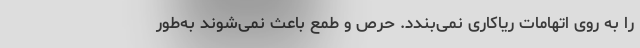
را به روی اتهامات ریاکاری نمی‌بندد. حرص و طمع باعث نمی‌شوند به‌طور